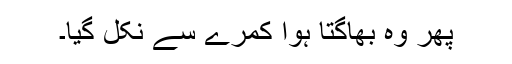
پھر وہ بھاگتا ہوا کمرے سے نکل گیا۔